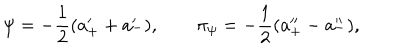
\psi = - { \frac { 1 } { 2 } } ( a _ { + } ^ { \prime } + a _ { - } ^ { \prime } ) , \qquad \pi _ { \psi } = - { \frac { 1 } { 2 } } ( a _ { + } ^ { \prime \prime } - a _ { - } ^ { \prime \prime } ) ,